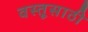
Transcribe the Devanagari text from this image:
वस्तूसाठी